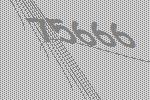
75666